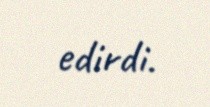
edirdi.